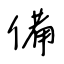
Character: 備